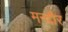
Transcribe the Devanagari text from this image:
मन्दौर